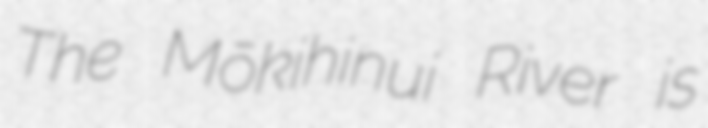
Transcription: The Mōkihinui River is